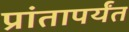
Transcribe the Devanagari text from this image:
प्रांतापर्यंत